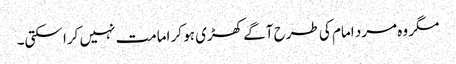
مگر وہ مرد امام کی طرح آگے کھڑی ہو کر امامت نہیں کرا سکتی۔